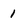
Character: 1